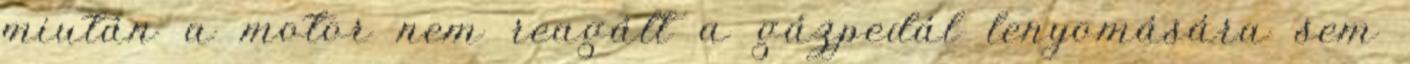
miután a motor nem reagált a gázpedál lenyomására sem